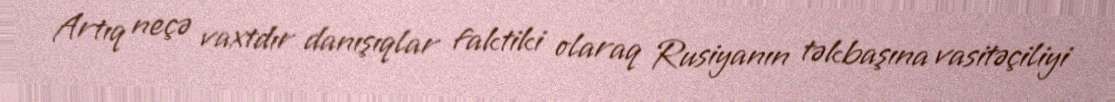
Artıq neçə vaxtdır danışıqlar faktiki olaraq Rusiyanın təkbaşına vasitəçiliyi